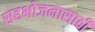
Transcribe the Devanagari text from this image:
सहभोजनासाठी